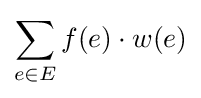
\sum _{e\in E}f(e)\cdot w(e)